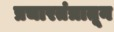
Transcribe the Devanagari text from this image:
प्रचारतंत्रातून